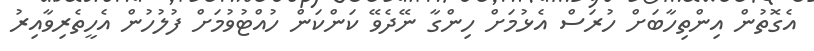
އެގޮތުން އިންތިހާބަށް ހުރަސް އެޅުމަށް ހިންގާ ނޭދެވޭ ކަންކަން ހުއްޓުވުމަށް ފުލުހުން އެހީތެރިވާއިރު